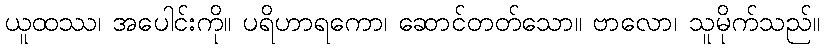
ယူထဿ၊ အပေါင်းကို။ ပရိဟာရကော၊ ဆောင်တတ်သော။ ဗာလော၊ သူမိုက်သည်။